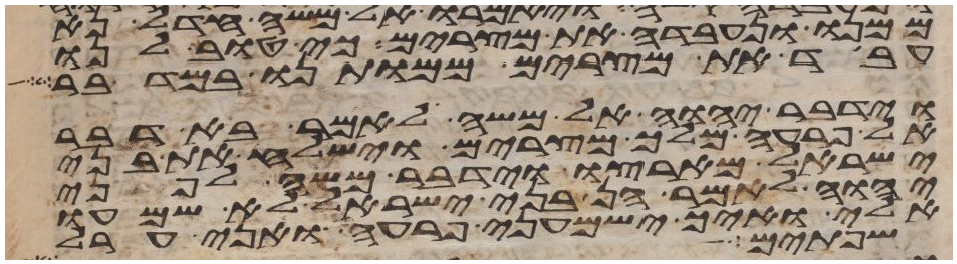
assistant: ממנו ונעבדה את מצרים כי טוב לנו
עבד את מצרים ממותנו במדבר
וידבר יהוה אל משה לאמר בא דבר
אל פרעה מלך מצרים וישלח את בני
ישראל מארצו וידבר משה לפני
יהוה לאמר הן בני ישראל לא שמעו
אלי ואיך ישמעני פרעה ואני ערל